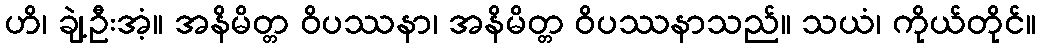
ဟိ၊ ချဲ့ဦးအံ့။ အနိမိတ္တ ဝိပဿနာ၊ အနိမိတ္တ ဝိပဿနာသည်။ သယံ၊ ကိုယ်တိုင်။